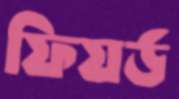
ফিয়র্ড